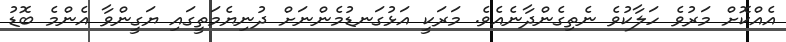
އެއްކޮށް މަރުވެ ހަލާކުވެ ނެތިގެންދާނެއެވެ. މަރަކީ އަޅުގަނޑުމެންނަށް ދުނިޔެމަތީގައި ޔަގީންވާ އެންމެ ބޮޑު